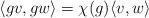
LaTeX: \begin{align*}\langle g v, g w \rangle = \chi(g) \langle v,w \rangle\end{align*}